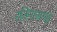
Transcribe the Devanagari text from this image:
रतिनासभई